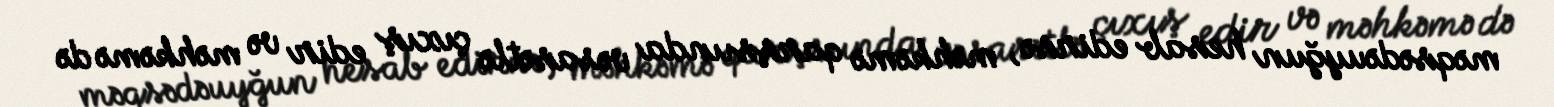
məqsədəuyğun hesab edirsə, məhkəmə qarşsıında vəsasətlə çıxış edir və məhkəmə də